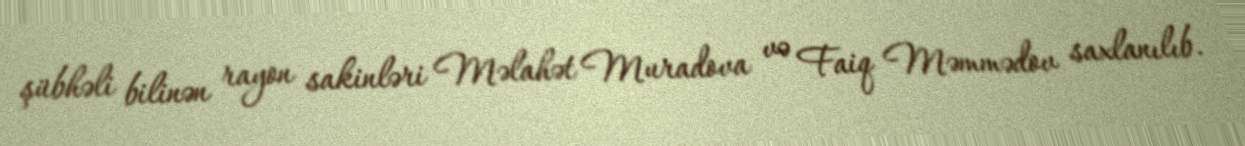
şübhəli bilinən rayon sakinləri Məlahət Muradova və Faiq Məmmədov saxlanılıb.